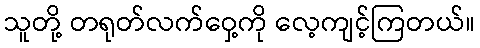
သူတို့ တရုတ်လက်ဝှေ့ကို လေ့ကျင့်ကြတယ်။